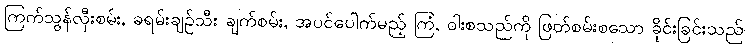
ကြက်သွန်လှီးစမ်း, ခရမ်းချဉ်သီး ချက်စမ်း, အပင်ပေါက်မည့် ကြံ, ဝါးစသည်ကို ဖြတ်စမ်းစသော ခိုင်းခြင်းသည်